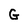
Character: G